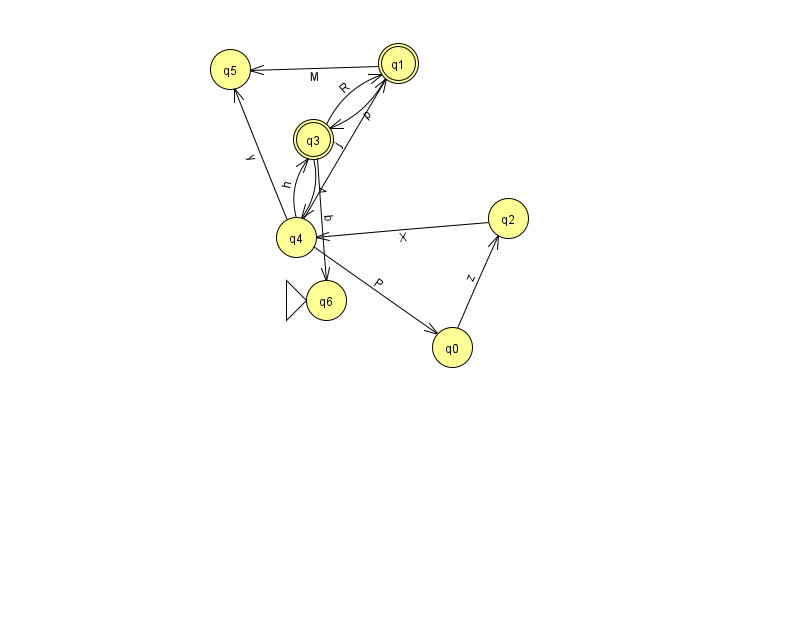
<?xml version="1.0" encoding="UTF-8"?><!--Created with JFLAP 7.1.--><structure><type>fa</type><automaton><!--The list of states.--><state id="0" name="q0"><x>452.0</x><y>334.0</y></state><state id="1" name="q1"><x>398.0</x><y>50.0</y><final/></state><state id="2" name="q2"><x>508.0</x><y>205.0</y></state><state id="3" name="q3"><x>313.0</x><y>126.0</y><final/></state><state id="4" name="q4"><x>296.0</x><y>224.0</y></state><state id="5" name="q5"><x>230.0</x><y>56.0</y></state><state id="6" name="q6"><x>326.0</x><y>287.0</y><initial/></state><!--The list of transitions.--><transition><from>2</from><to>4</to><read>X</read></transition><transition><from>3</from><to>4</to><read>v</read></transition><transition><from>4</from><to>1</to><read>j</read></transition><transition><from>4</from><to>5</to><read>y</read></transition><transition><from>3</from><to>6</to><read>b</read></transition><transition><from>4</from><to>0</to><read>P</read></transition><transition><from>1</from><to>5</to><read>M</read></transition><transition><from>0</from><to>2</to><read>z</read></transition><transition><from>3</from><to>1</to><read>R</read></transition><transition><from>1</from><to>3</to><read>p</read></transition><transition><from>4</from><to>3</to><read>h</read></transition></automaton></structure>